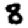
Digit: 8